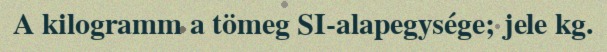
A kilogramm a tömeg SI-alapegysége; jele kg.